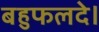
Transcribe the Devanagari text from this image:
बहुफलदे।